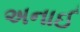
અનાઈ